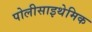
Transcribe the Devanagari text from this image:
पोलीसाइथेमिक